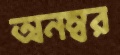
অনম্বর